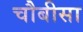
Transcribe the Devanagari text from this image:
चौबीसा